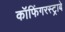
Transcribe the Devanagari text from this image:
कॉफिंगरस्ट्राबे